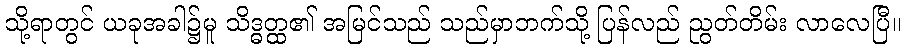
သို့ရာတွင် ယခုအခါ၌မူ သိဒ္ဓတ္ထ၏ အမြင်သည် သည်မှာဘက်သို့ ပြန်လည် ညွတ်တိမ်း လာလေပြီ။